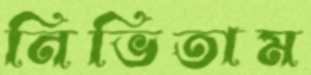
নিভিতাম